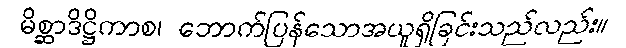
မိစ္ဆာဒိဋ္ဌိကာစ၊ ဘောက်ပြန်သောအယူရှိခြင်းသည်လည်း။